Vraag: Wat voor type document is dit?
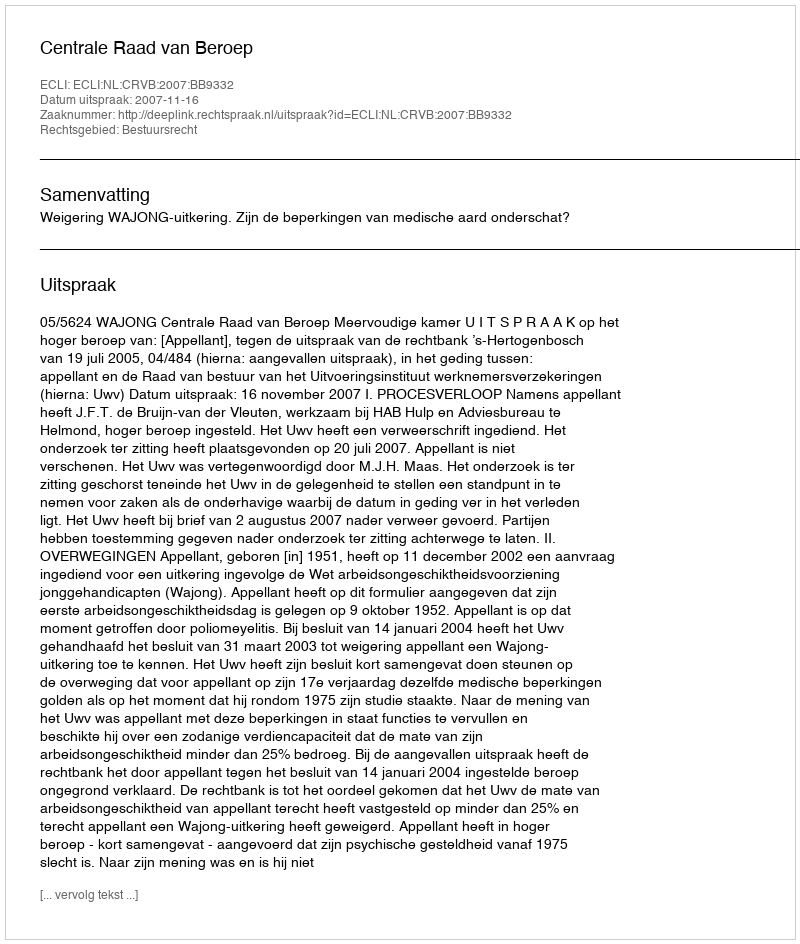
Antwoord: Uitspraak